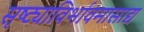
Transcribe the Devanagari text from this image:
सृष्ट्याविर्भावमासाद्य